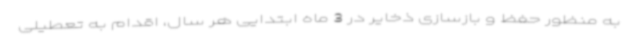
به منظور حفظ و بازسازی ذخایر در 3 ماه ابتدایی هر سال، اقدام به تعطیلی